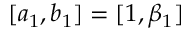
[ a _ { 1 } , b _ { 1 } ] = [ 1 , \beta _ { 1 } ]